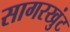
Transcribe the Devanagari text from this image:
सागरखुंट